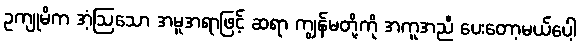
ဥကျုမိက အံ့ဩသော အမူအရာဖြင့် ဆရာ ကျွန်မတို့ကို အကူအညီ ပေးတော့မယ်ပေါ့